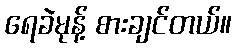
ရေခဲမုန့် စားချင်တယ်။